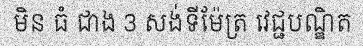
មិន ធំ ជាង 3 សង់ទីម៉ែត្រ វេជ្ជបណ្ឌិត